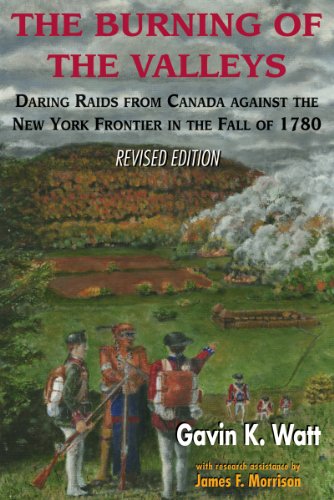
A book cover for The Burning of the Valleys: Daring Raids from Canada Against the New York Frontier in the Fall of 1780; Gavin K. Watt; History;